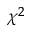
\chi ^ { 2 }